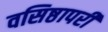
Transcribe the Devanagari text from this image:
वसिष्ठापरी